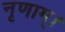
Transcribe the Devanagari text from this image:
नृणाम्‌।